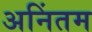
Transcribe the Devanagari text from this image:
अनिंतम